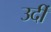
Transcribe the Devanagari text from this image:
उर्दी